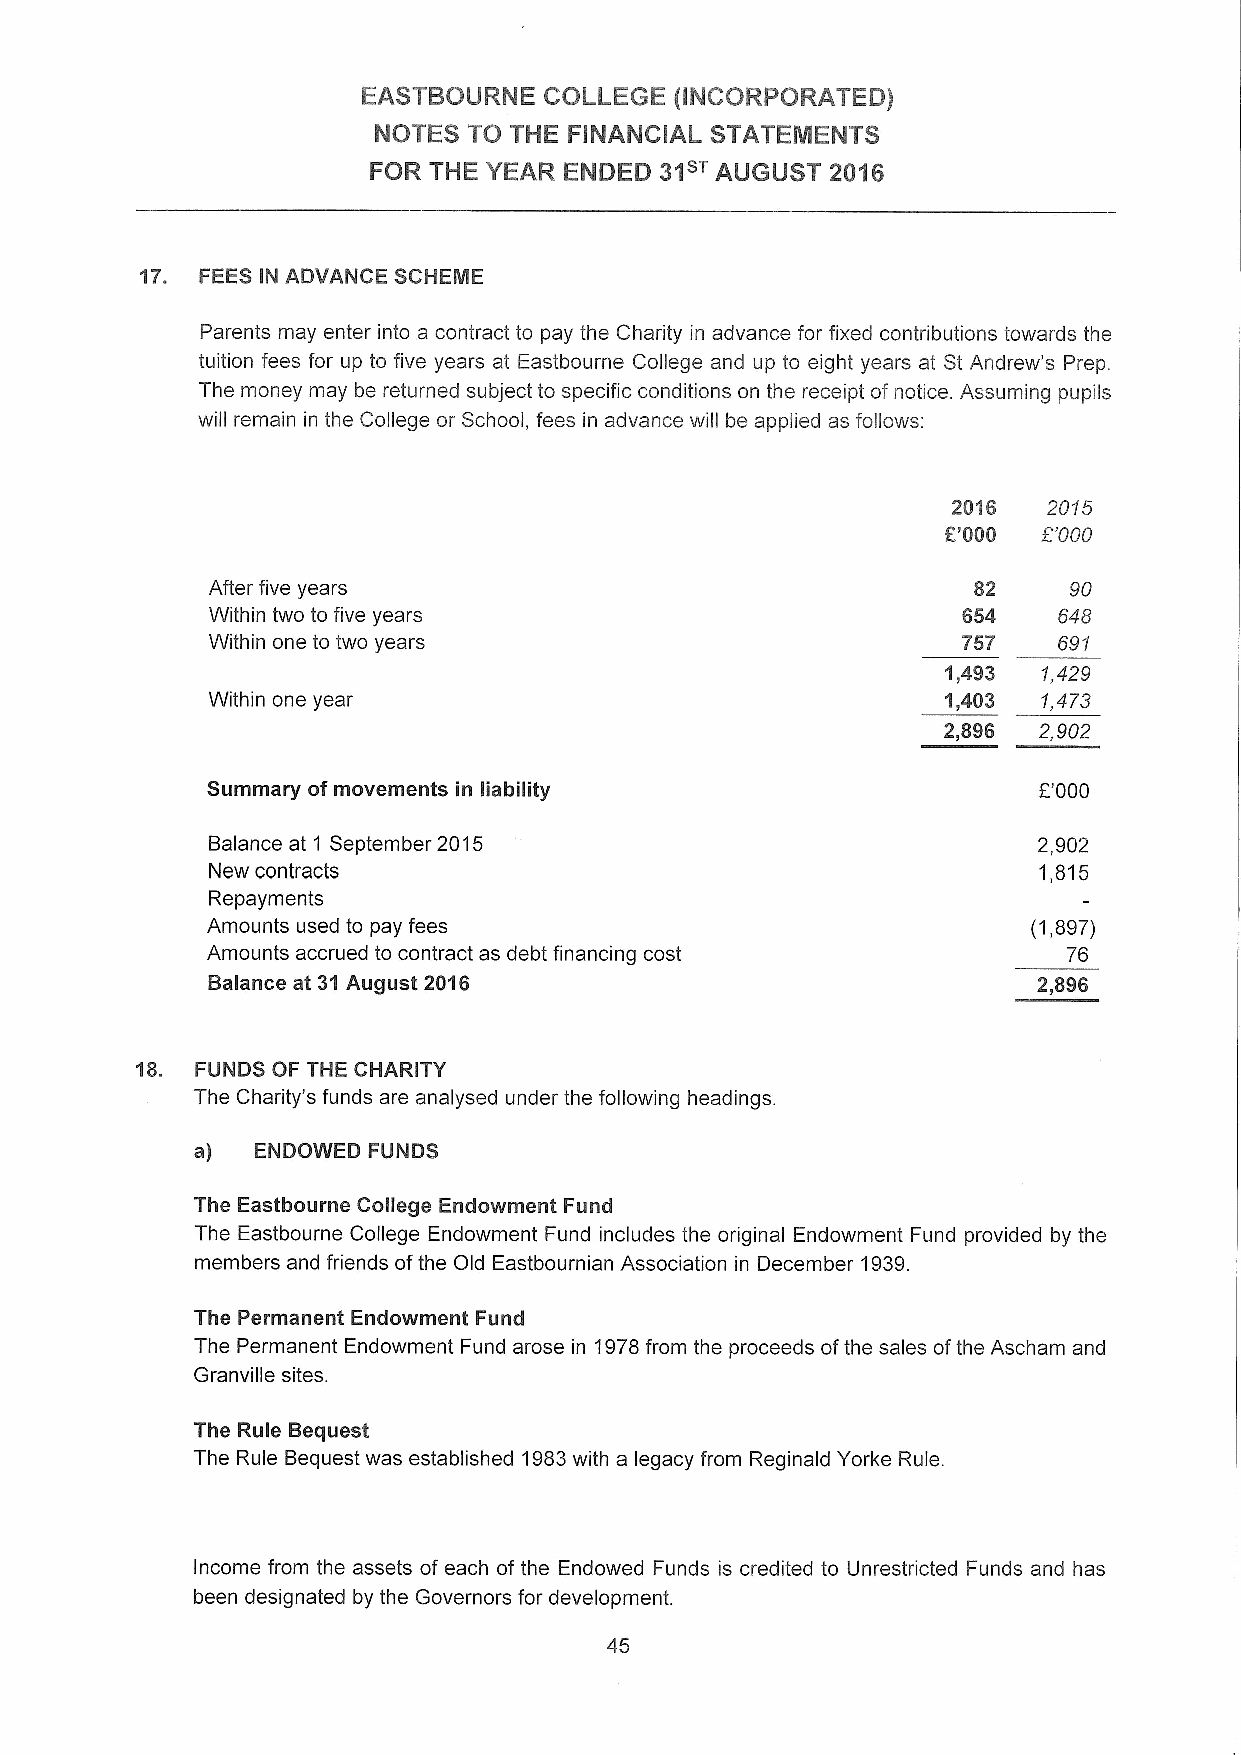
EASTBOURNE  COLLEGE  (INCORPORATED)
 NOTES TO THE FINANCIAL STATEMENTS
 FOR THE YEAR ENDED  31sTAUGUST 20'16
 17. FEESIN ADVANCE SCHEME
 Parents may enter into a contract to pay the Charity in advance for fixed contributions towards the
 tuition fees for up to five years at Eastbourne College and up to eight years at St Andrew's Prep.
 The money may be returned subject to specific conditions on the receipt ofnotice. Assuming pupils
 will remain in the College or School, fees in advance will be applied as follows:
 2016  20/5
 E'000 8'000
 After five years                                  82     90
 Within two to five years                          654   648
 Within one to two years                           757   691
 1,493 1,429
 Within one year                                 1,403  1,473
 2,896  2,902
 Summary ofmovements in liability                       E'000
 Balance at 1 September 2015                            2,902
 New contracts                                          1,815
 Repayments
 Amounts used to pay fees                              (1,897)
 Amounts accrued to contract as debt financing cost       76
 Balance at 31 August 2016                              2,896
 18. FUNDS OF THE CHARITY
 The Charity's funds are analysed under the following headings.
 a)  ENDOWED FUNDS
 The Eastbourne College Endowment Fund
 The Eastbourne College Endowment Fund includes the original Endowment Fund provided by the
 members and friends ofthe Old Eastbournian Association in December 1939.
 The Permanent Endowment Fund
 The Permanent Endowment Fund arose in 1978from the proceeds ofthe sales ofthe Ascham and
 Granville sites.
 The Rule Bequest
 The Rule Bequest was established 1983with a legacy from Reginald Yorke Rule.
 Income from the assets of each of the Endowed Funds is credited to Unrestricted Funds and has
 been designated by the Governors for development.
 45